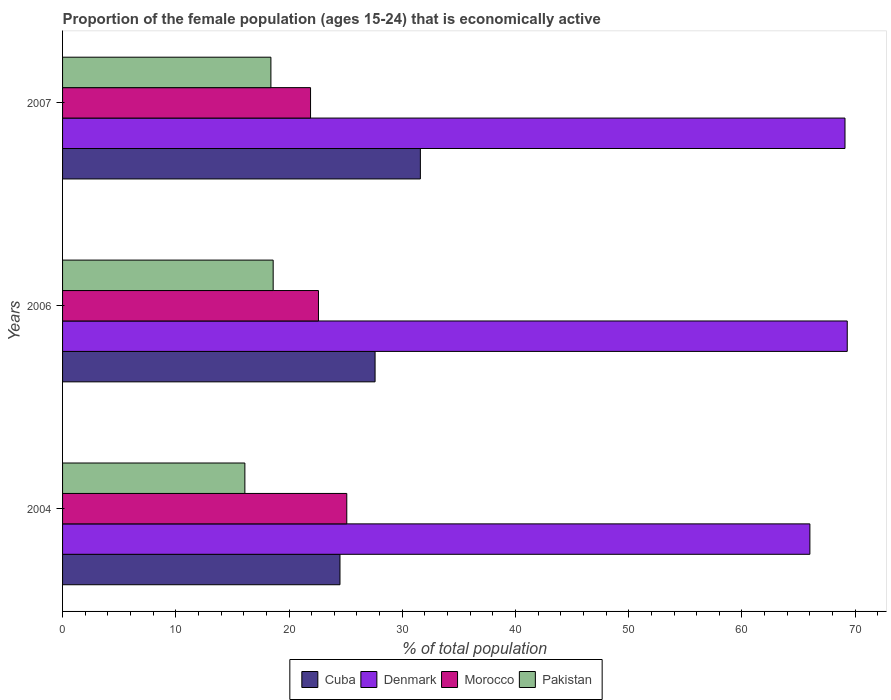
| Years | Cuba | Denmark | Morocco | Pakistan |
 | --- | --- | --- | --- | --- |
 | 2004 | 24.5 | 66 | 25.1 | 16.1 |
 | 2006 | 27.6 | 69.3 | 22.6 | 18.6 |
 | 2007 | 31.6 | 69.1 | 21.9 | 18.4 |